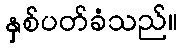
နှစ်ပတ်ခံသည်။